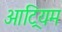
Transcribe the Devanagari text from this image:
आट्रियम